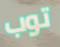
توب